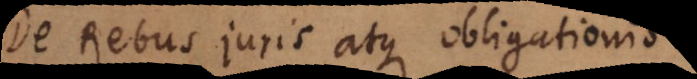
De Rebus juris atque obligationis